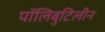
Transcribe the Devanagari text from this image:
पॉलिबुटिलीन